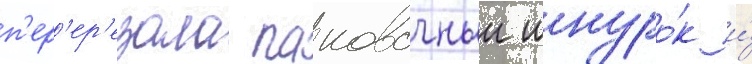
п'ер'ер'езала паковочныи шнуро́к и́